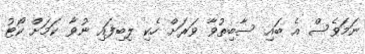
ނަމަވެސް އެ ބައި ސާބިތުވާ ވަރަށް ހެކި ލިބިފައި ނުވާ ކަމަށް ކޯޓު